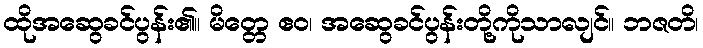
ထိုအဆွေခင်ပွန်း၏။ မိတ္တေ ဧဝ၊ အဆွေခင်ပွန်းတို့ကိုသာလျင်။ ဘဇတိ၊